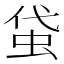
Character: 𧊇